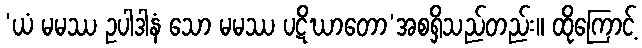
‘ယံ မမဿ ဥပါဒါနံ သော မမဿ ပဋိဃာတော’အစရှိသည်တည်း။ ထိုကြောင့်